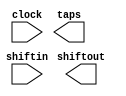
// megafunction wizard: %Shift register (RAM-based)%VBB%
// GENERATION: STANDARD
// VERSION: WM1.0
// MODULE: ALTSHIFT_TAPS 

// ============================================================
// Megafunction Name(s):
// 			ALTSHIFT_TAPS
//
// Simulation Library Files(s):
// 			altera_mf
// ============================================================
// ************************************************************
// THIS IS A WIZARD-GENERATED FILE. DO NOT EDIT THIS FILE!
//
// 12.1 Build 177 11/07/2012 SJ Full Version
// ************************************************************

//Copyright (C) 1991-2012 Altera Corporation
//Your use of Altera Corporation's design tools, logic functions 
//and other software and tools, and its AMPP partner logic 
//functions, and any output files from any of the foregoing 
//(including device programming or simulation files), and any 
//associated documentation or information are expressly subject 
//to the terms and conditions of the Altera Program License 
//Subscription Agreement, Altera MegaCore Function License 
//Agreement, or other applicable license agreement, including, 
//without limitation, that your use is for the sole purpose of 
//programming logic devices manufactured by Altera and sold by 
//Altera or its authorized distributors.  Please refer to the 
//applicable agreement for further details.

module shifter12_128 (
	clock,
	shiftin,
	shiftout,
	taps);

	input	  clock;
	input	[11:0]  shiftin;
	output	[11:0]  shiftout;
	output	[11:0]  taps;

endmodule

// ============================================================
// CNX file retrieval info
// ============================================================
// Retrieval info: PRIVATE: ACLR NUMERIC "0"
// Retrieval info: PRIVATE: CLKEN NUMERIC "0"
// Retrieval info: PRIVATE: GROUP_TAPS NUMERIC "0"
// Retrieval info: PRIVATE: INTENDED_DEVICE_FAMILY STRING "Cyclone IV E"
// Retrieval info: PRIVATE: NUMBER_OF_TAPS NUMERIC "1"
// Retrieval info: PRIVATE: RAM_BLOCK_TYPE NUMERIC "3"
// Retrieval info: PRIVATE: SYNTH_WRAPPER_GEN_POSTFIX STRING "0"
// Retrieval info: PRIVATE: TAP_DISTANCE NUMERIC "128"
// Retrieval info: PRIVATE: WIDTH NUMERIC "12"
// Retrieval info: LIBRARY: altera_mf altera_mf.altera_mf_components.all
// Retrieval info: CONSTANT: INTENDED_DEVICE_FAMILY STRING "Cyclone IV E"
// Retrieval info: CONSTANT: LPM_HINT STRING "RAM_BLOCK_TYPE=AUTO"
// Retrieval info: CONSTANT: LPM_TYPE STRING "altshift_taps"
// Retrieval info: CONSTANT: NUMBER_OF_TAPS NUMERIC "1"
// Retrieval info: CONSTANT: TAP_DISTANCE NUMERIC "128"
// Retrieval info: CONSTANT: WIDTH NUMERIC "12"
// Retrieval info: USED_PORT: clock 0 0 0 0 INPUT NODEFVAL "clock"
// Retrieval info: USED_PORT: shiftin 0 0 12 0 INPUT NODEFVAL "shiftin[11..0]"
// Retrieval info: USED_PORT: shiftout 0 0 12 0 OUTPUT NODEFVAL "shiftout[11..0]"
// Retrieval info: USED_PORT: taps 0 0 12 0 OUTPUT NODEFVAL "taps[11..0]"
// Retrieval info: CONNECT: @clock 0 0 0 0 clock 0 0 0 0
// Retrieval info: CONNECT: @shiftin 0 0 12 0 shiftin 0 0 12 0
// Retrieval info: CONNECT: shiftout 0 0 12 0 @shiftout 0 0 12 0
// Retrieval info: CONNECT: taps 0 0 12 0 @taps 0 0 12 0
// Retrieval info: GEN_FILE: TYPE_NORMAL shifter12_128.v TRUE
// Retrieval info: GEN_FILE: TYPE_NORMAL shifter12_128.inc FALSE
// Retrieval info: GEN_FILE: TYPE_NORMAL shifter12_128.cmp FALSE
// Retrieval info: GEN_FILE: TYPE_NORMAL shifter12_128.bsf FALSE
// Retrieval info: GEN_FILE: TYPE_NORMAL shifter12_128_inst.v FALSE
// Retrieval info: GEN_FILE: TYPE_NORMAL shifter12_128_bb.v TRUE
// Retrieval info: LIB_FILE: altera_mf